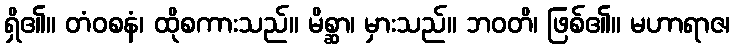
ရှိ၏။ တံဝစနံ၊ ထိုစကားသည်။ မိစ္ဆာ၊ မှားသည်။ ဘဝတိ၊ ဖြစ်၏။ မဟာရာဇ၊